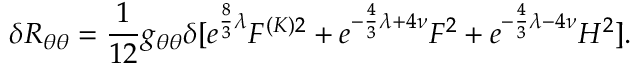
\delta R _ { \theta \theta } = \frac { 1 } { 1 2 } g _ { \theta \theta } \delta [ e ^ { \frac { 8 } { 3 } \lambda } F ^ { ( K ) 2 } + e ^ { - \frac { 4 } { 3 } \lambda + 4 \nu } F ^ { 2 } + e ^ { - \frac { 4 } { 3 } \lambda - 4 \nu } H ^ { 2 } ] .